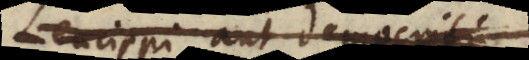
Leucippi aut Democriti